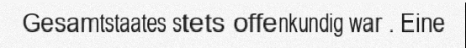
Gesamtstaates stets offenkundig war . Eine